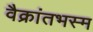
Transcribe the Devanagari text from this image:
वैक्रांतभस्म